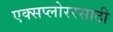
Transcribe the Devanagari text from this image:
एक्सप्लोररसाठी